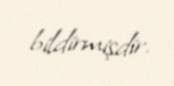
bildirmişdir.